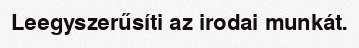
Leegyszerűsíti az irodai munkát.